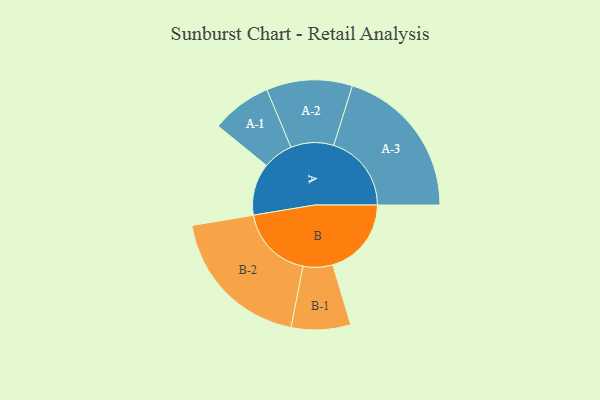
{"axis": {"x": "Segment", "y": "Value"}, "legend": ["", "A", "B"], "data": [{"x": "A", "y": 188, "type": ""}, {"x": "B", "y": 284, "type": ""}, {"x": "A-1", "y": 109, "type": "A"}, {"x": "A-2", "y": 155, "type": "A"}, {"x": "A-3", "y": 281, "type": "A"}, {"x": "B-1", "y": 107, "type": "B"}, {"x": "B-2", "y": 269, "type": "B"}]}